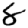
Digit: 8